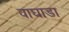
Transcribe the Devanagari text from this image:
वाघाडा